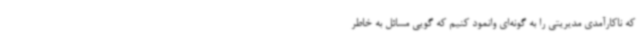
که ناکارآمدی مدیریتی را به گونه‌ای وانمود کنیم که گویی مسائل به خاطر